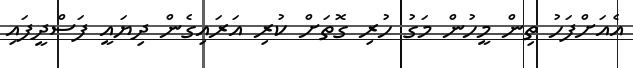
އެއަށްފަހު ތިން މީހުން މަގު ހުރި ގޮތަށް ކުރި އަރައިގެން ދިޔައީ ފަސްދީފައި